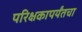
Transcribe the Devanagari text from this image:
परिक्षकापर्यंतचा